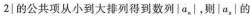
2| 的公共项从小到大排列得到数列|a_{n}|，则|a_{n}|的